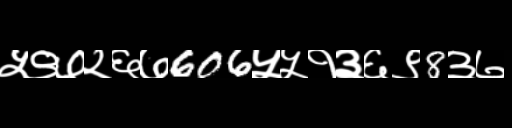
Text: ५९७२६७606५५१३६९8३७